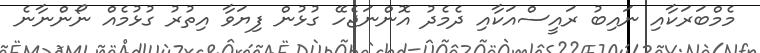
މެމްބަރަކާއި ނައިބު ރައީސްއަކާއި ދެމެދު އޮންނަޖެހޭ ގުޅުން ފިޔަވާ އިތުރު ގުޅުމެއް ނޯންނާނެ